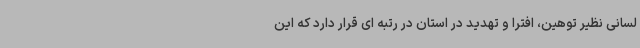
لسانی نظیر توهین، افترا و تهدید در استان در رتبه ای قرار دارد که این